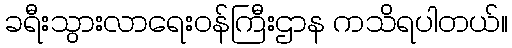
ခရီးသွားလာရေးဝန်ကြီးဌာန ကသိရပါတယ်။